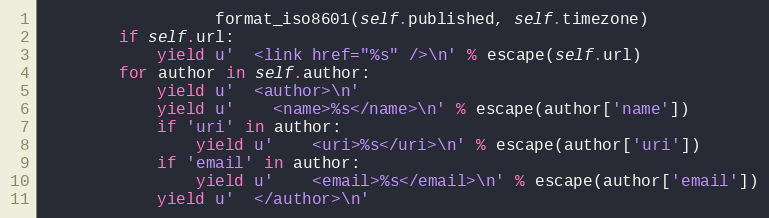
Language: Python
                  format_iso8601(self.published, self.timezone)
        if self.url:
            yield u'  <link href="%s" />\n' % escape(self.url)
        for author in self.author:
            yield u'  <author>\n'
            yield u'    <name>%s</name>\n' % escape(author['name'])
            if 'uri' in author:
                yield u'    <uri>%s</uri>\n' % escape(author['uri'])
            if 'email' in author:
                yield u'    <email>%s</email>\n' % escape(author['email'])
            yield u'  </author>\n'